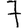
Digit: 7